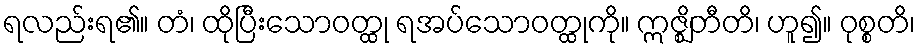
ရလည်းရ၏။ တံ၊ ထိုပြီးသောဝတ္ထု ရအပ်သောဝတ္ထုကို။ ဣဇ္ဈိတီတိ၊ ဟူ၍။ ဝုစ္စတိ၊